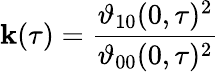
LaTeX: \mathbf{k}(\tau)={\frac{{\vartheta_{10}(0,\tau)^{2}}}{{\vartheta_{00}(0,\tau)^{2}}}}